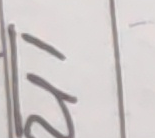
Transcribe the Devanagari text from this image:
२